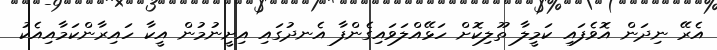
އެރޭ ނިދަން އޮވެފައި ކަމީލާ ތޫލިކޮށް ހަޅޭއްލަވައިގެންފާ އެނދުގައި އިށީނުމުން އީކާ ހައިރާންކަމާއިއެކު